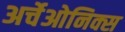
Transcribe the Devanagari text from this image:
अर्चेओनिक्स